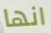
انها